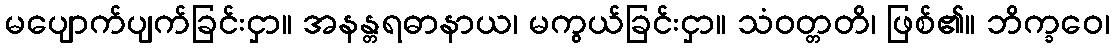
မပျောက်ပျက်ခြင်းငှာ။ အနန္တရဓာနာယ၊ မကွယ်ခြင်းငှာ။ သံဝတ္တတိ၊ ဖြစ်၏။ ဘိက္ခဝေ၊